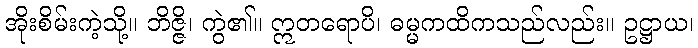
အိုးစိမ်းကဲ့သို့။ ဘိဇ္ဇိ၊ ကွဲ၏။ ဣတရောပိ၊ ဓမ္မကထိကသည်လည်း။ ဥဋ္ဌာယ၊